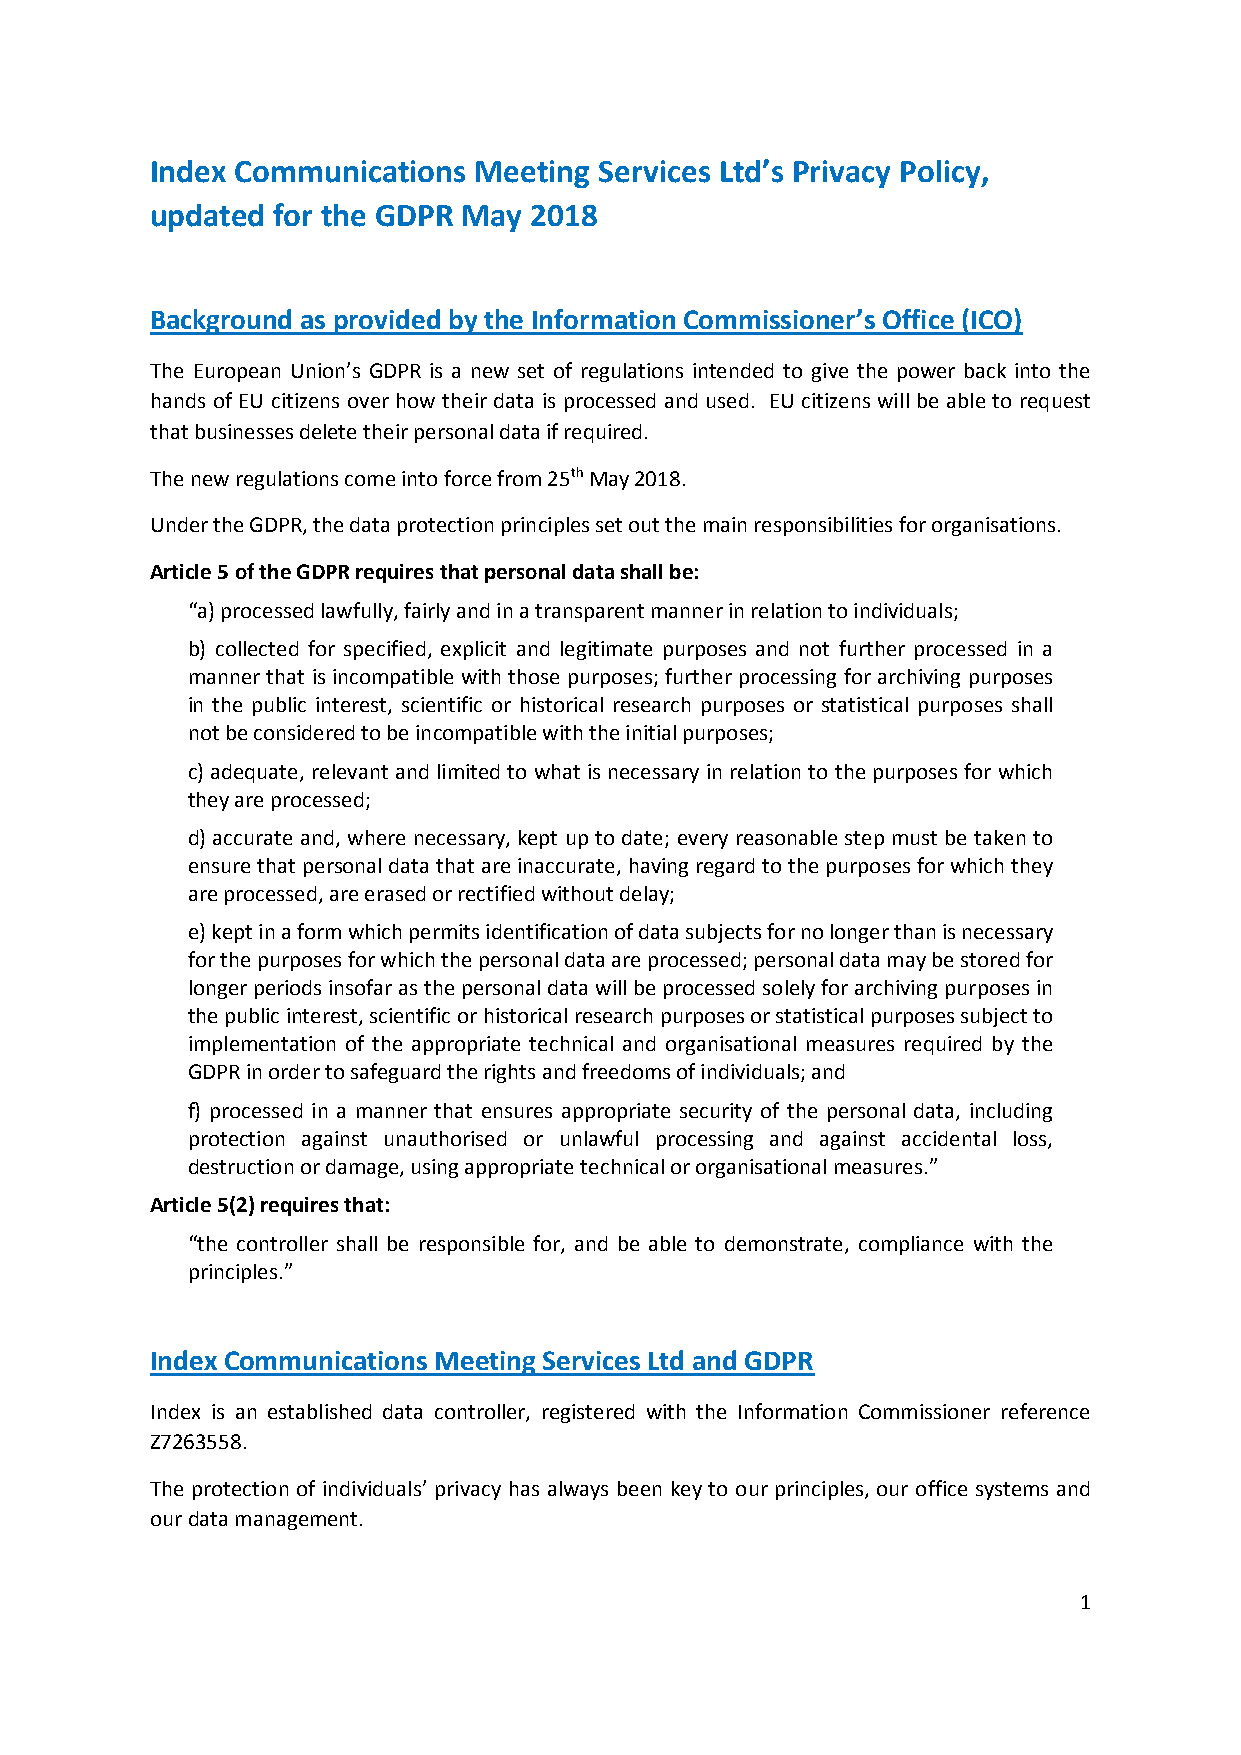
Index Communications Meeting  Services Ltd’s Privacy Policy,
 updated for the GDPR May 2018
 Background as provided by the Information Commissioner’s Office (ICO)
 The European Union’s GDPR is a new set of regulations intended to give the power back into the
 hands of EU citizens over how their data is processed and used. EU citizens will be able to request
 that businesses delete their personal data if required.
 The new regulations come into force from 25th May 2018.
 Under the GDPR, the data protection principles set out the main responsibilities for organisations.
 Article 5 of the GDPR requires that personal data shall be:
 “a) processed lawfully, fairly and in a transparent manner in relation to individuals;
 b) collected for specified, explicit and legitimate purposes and not further processed in a
 manner that is incompatible with those purposes; further processing for archiving purposes
 in the public interest, scientific or historical research purposes or statistical purposes shall
 not be considered to be incompatible with the initial purposes;
 c) adequate, relevant and limited to what is necessary in relation to the purposes for which
 they are processed;
 d) accurate and, where necessary, kept up to date; every reasonable step must be taken to
 ensure that personal data that are inaccurate, having regard to the purposes for which they
 are processed, are erased or rectified without delay;
 e) kept in a form which permits identification of data subjects for no longer than is necessary
 for the purposes for which the personal data are processed; personal data may be stored for
 longer periods insofar as the personal data will be processed solely for archiving purposes in
 the public interest, scientific or historical research purposes or statistical purposes subject to
 implementation of the appropriate technical and organisational measures required by the
 GDPR in order to safeguard the rights and freedoms of individuals; and
 f) processed in a manner that ensures appropriate security of the personal data, including
 protection against unauthorised or unlawful processing and against accidental loss,
 destruction or damage, using appropriate technical or organisational measures.”
 Article 5(2) requires that:
 “the controller shall be responsible for, and be able to demonstrate, compliance with the
 principles.”
 Index Communications Meeting Services Ltd and GDPR
 Index is an established data controller, registered with the Information Commissioner reference
 Z7263558.
 The protection of individuals’ privacy has always been key to our principles, our office systems and
 our data management.
 1